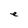
Character: e